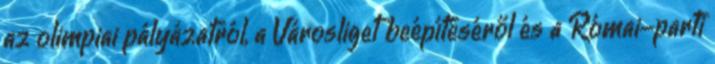
az olimpiai pályázatról, a Városliget beépítéséről és a Római-parti